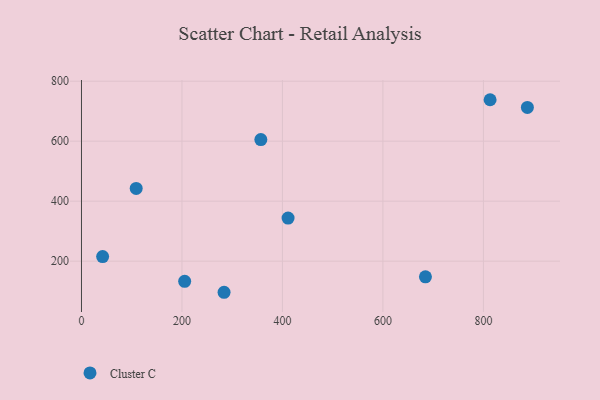
{"axis": {"x": "Experience", "y": "Profit"}, "legend": ["Cluster C"], "data": [{"x": "108.9", "y": 442.7, "type": "Cluster C"}, {"x": "684.6", "y": 147.7, "type": "Cluster C"}, {"x": "813.3", "y": 738.3, "type": "Cluster C"}, {"x": "283.8", "y": 96.3, "type": "Cluster C"}, {"x": "411.2", "y": 343.8, "type": "Cluster C"}, {"x": "42.1", "y": 215.4, "type": "Cluster C"}, {"x": "887.5", "y": 712.7, "type": "Cluster C"}, {"x": "205.4", "y": 132.7, "type": "Cluster C"}, {"x": "357.0", "y": 605.4, "type": "Cluster C"}]}